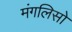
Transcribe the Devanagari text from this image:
मंगलिसो